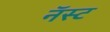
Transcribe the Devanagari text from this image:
नॅस्ट